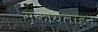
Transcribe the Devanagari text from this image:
स्कायलाइन